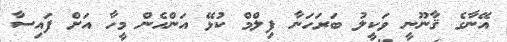
އޭނާގެ ޤާނޫނީ ވަކީލު ބަރަހަނާ ފިލްމް ކުޅޭ އަންހެން މީހާ އަށް ފައިސާ